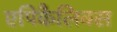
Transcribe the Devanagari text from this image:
एपिकैलिक्स